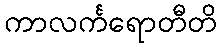
ကာလင်္ကရောတီတိ